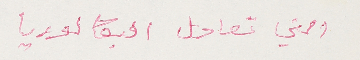
التي تعادل البكالوريا